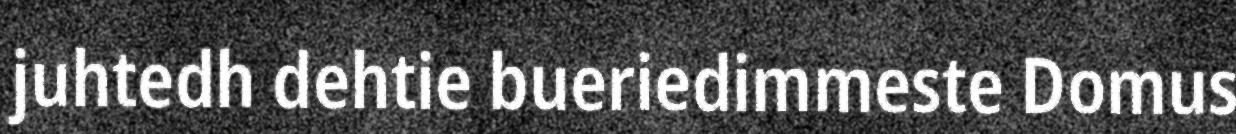
juhtedh dehtie bueriedimmeste Domus